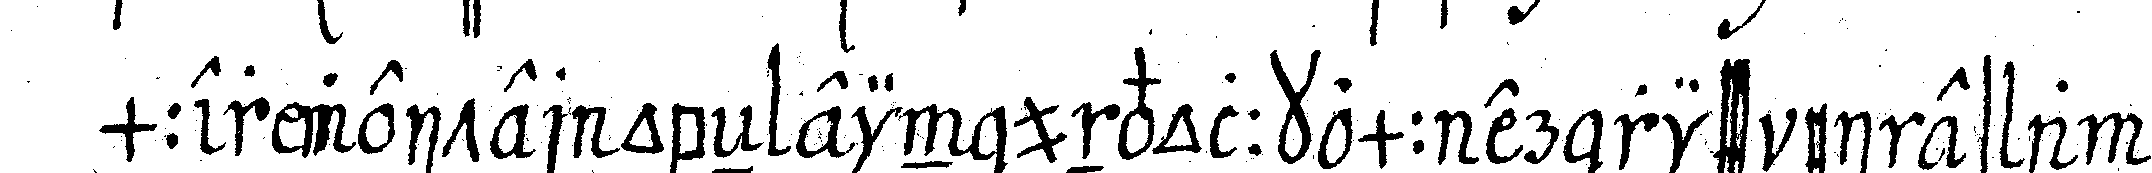
mmer weiter obeN ein unvollkemmner riss eines ange